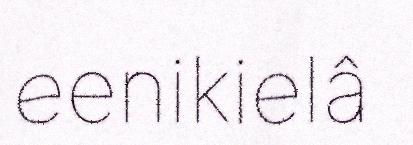
eenikielâ